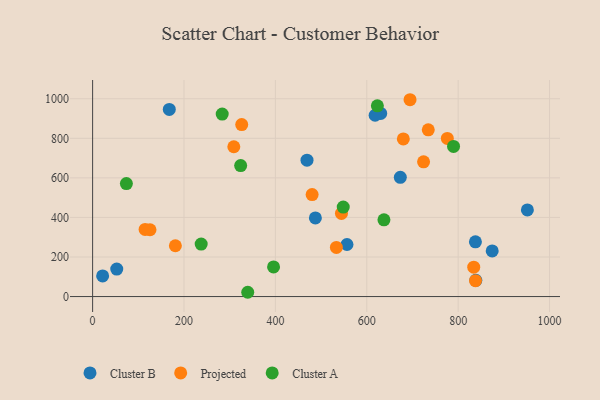
{"axis": {"x": "Experience", "y": "Fuel Efficiency"}, "legend": ["Cluster A", "Cluster B", "Projected"], "data": [{"x": "630.5", "y": 925.8, "type": "Cluster B"}, {"x": "52.8", "y": 138.8, "type": "Cluster B"}, {"x": "618.3", "y": 916.4, "type": "Cluster B"}, {"x": "837.8", "y": 276.7, "type": "Cluster B"}, {"x": "673.4", "y": 602.8, "type": "Cluster B"}, {"x": "556.7", "y": 263.0, "type": "Cluster B"}, {"x": "838.7", "y": 81.9, "type": "Cluster B"}, {"x": "951.5", "y": 437.9, "type": "Cluster B"}, {"x": "21.9", "y": 104.4, "type": "Cluster B"}, {"x": "487.5", "y": 397.6, "type": "Cluster B"}, {"x": "167.8", "y": 945.8, "type": "Cluster B"}, {"x": "469.2", "y": 689.5, "type": "Cluster B"}, {"x": "874.5", "y": 230.6, "type": "Cluster B"}, {"x": "114.9", "y": 339.1, "type": "Projected"}, {"x": "326.3", "y": 869.3, "type": "Projected"}, {"x": "694.7", "y": 995.0, "type": "Projected"}, {"x": "480.4", "y": 515.3, "type": "Projected"}, {"x": "680.0", "y": 796.6, "type": "Projected"}, {"x": "724.3", "y": 680.9, "type": "Projected"}, {"x": "776.3", "y": 799.3, "type": "Projected"}, {"x": "125.6", "y": 337.7, "type": "Projected"}, {"x": "734.6", "y": 842.6, "type": "Projected"}, {"x": "838.0", "y": 80.2, "type": "Projected"}, {"x": "181.1", "y": 256.9, "type": "Projected"}, {"x": "834.1", "y": 148.5, "type": "Projected"}, {"x": "533.5", "y": 248.2, "type": "Projected"}, {"x": "309.0", "y": 757.4, "type": "Projected"}, {"x": "544.6", "y": 420.1, "type": "Projected"}, {"x": "324.0", "y": 662.0, "type": "Cluster A"}, {"x": "623.2", "y": 964.2, "type": "Cluster A"}, {"x": "237.6", "y": 265.2, "type": "Cluster A"}, {"x": "396.0", "y": 149.5, "type": "Cluster A"}, {"x": "73.9", "y": 571.3, "type": "Cluster A"}, {"x": "339.5", "y": 21.6, "type": "Cluster A"}, {"x": "637.6", "y": 388.1, "type": "Cluster A"}, {"x": "789.9", "y": 759.0, "type": "Cluster A"}, {"x": "548.5", "y": 452.5, "type": "Cluster A"}, {"x": "283.6", "y": 922.4, "type": "Cluster A"}]}